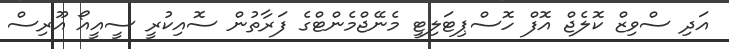
އަދި ސްވިޒް ކޮލެޖް އޮފް ހޮސްޕިޓަލިޓީ މެނޭޖްމެންޓްގެ ފަރާތުން ސޮއިކުރީ ސީއީއޯ އޫރިސް